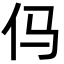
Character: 㐷